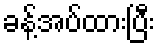
ခန့်အပ်ထားပြီး